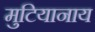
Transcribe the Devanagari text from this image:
मुटियानाय